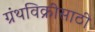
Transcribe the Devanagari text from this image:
ग्रंथविक्रीसाठी